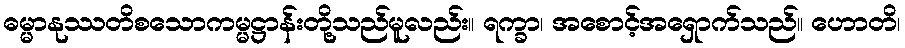
ဓမ္မာနုဿတိစသောကမ္မဋ္ဌာန်းတို့သည်မူလည်း။ ရက္ခာ၊ အစောင့်အရှောက်သည်။ ဟောတိ၊